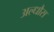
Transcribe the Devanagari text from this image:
अल्धौस